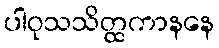
ပါဝုသသိတ္ထကာနနေ